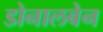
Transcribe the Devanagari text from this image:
डोनालबेन